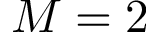
M = 2